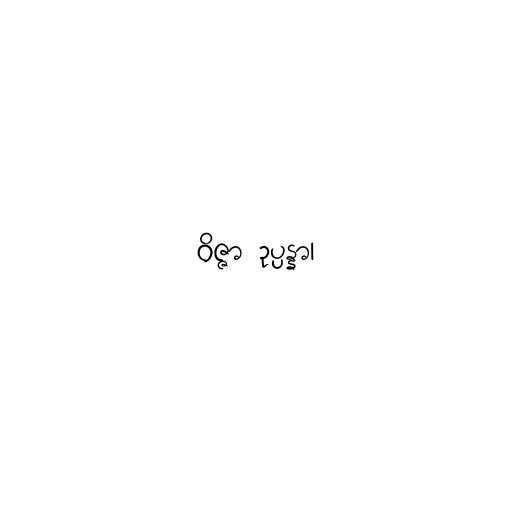
ဝိဇ္ဇာ ဥပ္ပန္နာ၊